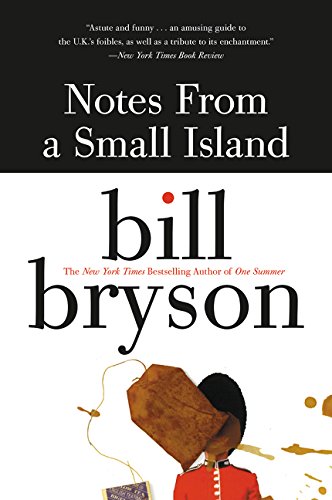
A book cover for Notes from a Small Island; Bill Bryson; Humor & Entertainment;